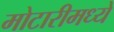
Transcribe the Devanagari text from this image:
मोटारीमध्ये